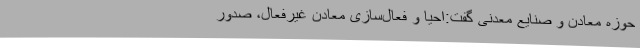
حوزه معادن و صنایع معدنی گفت:احیا و فعال‌سازی معادن غیرفعال، صدور